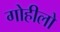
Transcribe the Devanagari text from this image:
गोहीलो